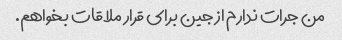
من جرات ندارم از جین برای قرار ملاقات بخواهم.